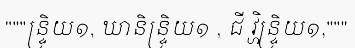
"""ន្ទ្រិយ១, ឃានិន្ទ្រិយ១ , ជី វ្ហិន្ទ្រិយ១,"""